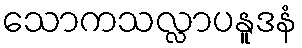
သောကသလ္လာပနူဒနံ